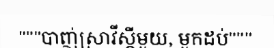
"""បាញ់ស្រាវីស្គីមួយ, មួកដប់"""